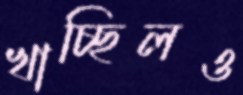
খাচ্ছিলও